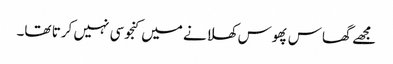
مجھے گھاس پھوس کھلانے میں کنجوسی نہیں کرتا تھا۔